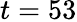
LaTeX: t=53